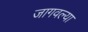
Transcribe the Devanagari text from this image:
जागवल्या